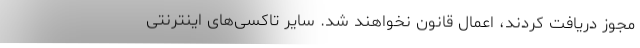
مجوز دریافت کردند، اعمال قانون نخواهند شد. سایر تاکسی‌های اینترنتی